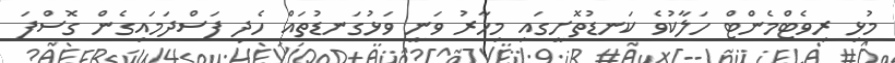
މުޅި ރިވެޓްމެންޓް ހަލާކުވެ ކަނޑުތޮށީގައި މިހާރު ވަނީ ވަޅުގަނޑުތައް ހެދި ފަސްދަމައިގެން ގޮސްފަ